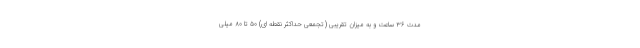
مدت ۳۶ ساعت و به میزان تقریبی (تجمعی حداکثر نقطه ای) ۵۰ تا ۸۰ میلی